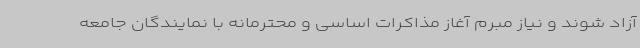
آزاد شوند و نیاز مبرم آغاز مذاکرات اساسی و محترمانه با نمایندگان جامعه